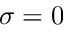
\sigma = 0